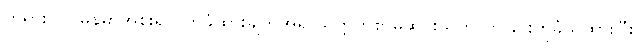
တရားဝင် မြန်မာအစိုးရလက်ခံထားချက်အရ သက္ကတစာမှဆင်းသက်လာခြင်းဟုခံယူထားပြီး